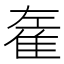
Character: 𨾭